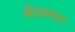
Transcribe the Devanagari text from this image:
श्रीठक्कर